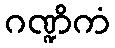
ဂဏ္ဍိကံ